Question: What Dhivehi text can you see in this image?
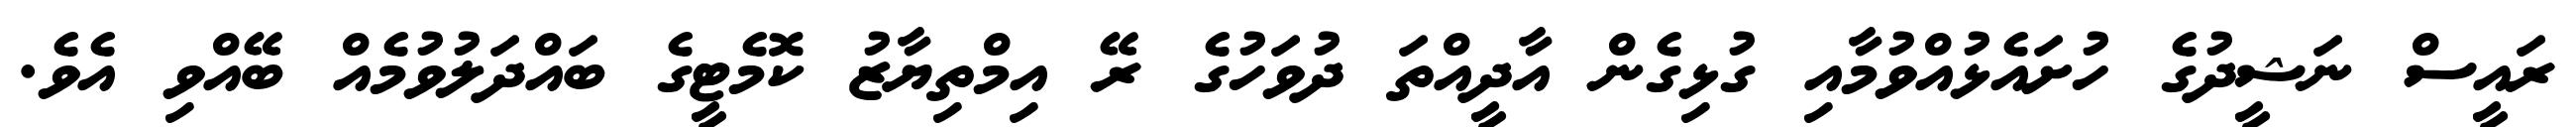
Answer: ރައީސް ނަޝީދުގެ ހުށައެޅުއްވުމާއި ގުޅިގެން އާދީއްތަ ދުވަހުގެ ރޭ އިމްތިޔާޒު ކޮމެޓީގެ ބައްދަލުވުމެއް ބޭއްވި އެވެ.